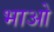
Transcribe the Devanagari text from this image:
भाओ